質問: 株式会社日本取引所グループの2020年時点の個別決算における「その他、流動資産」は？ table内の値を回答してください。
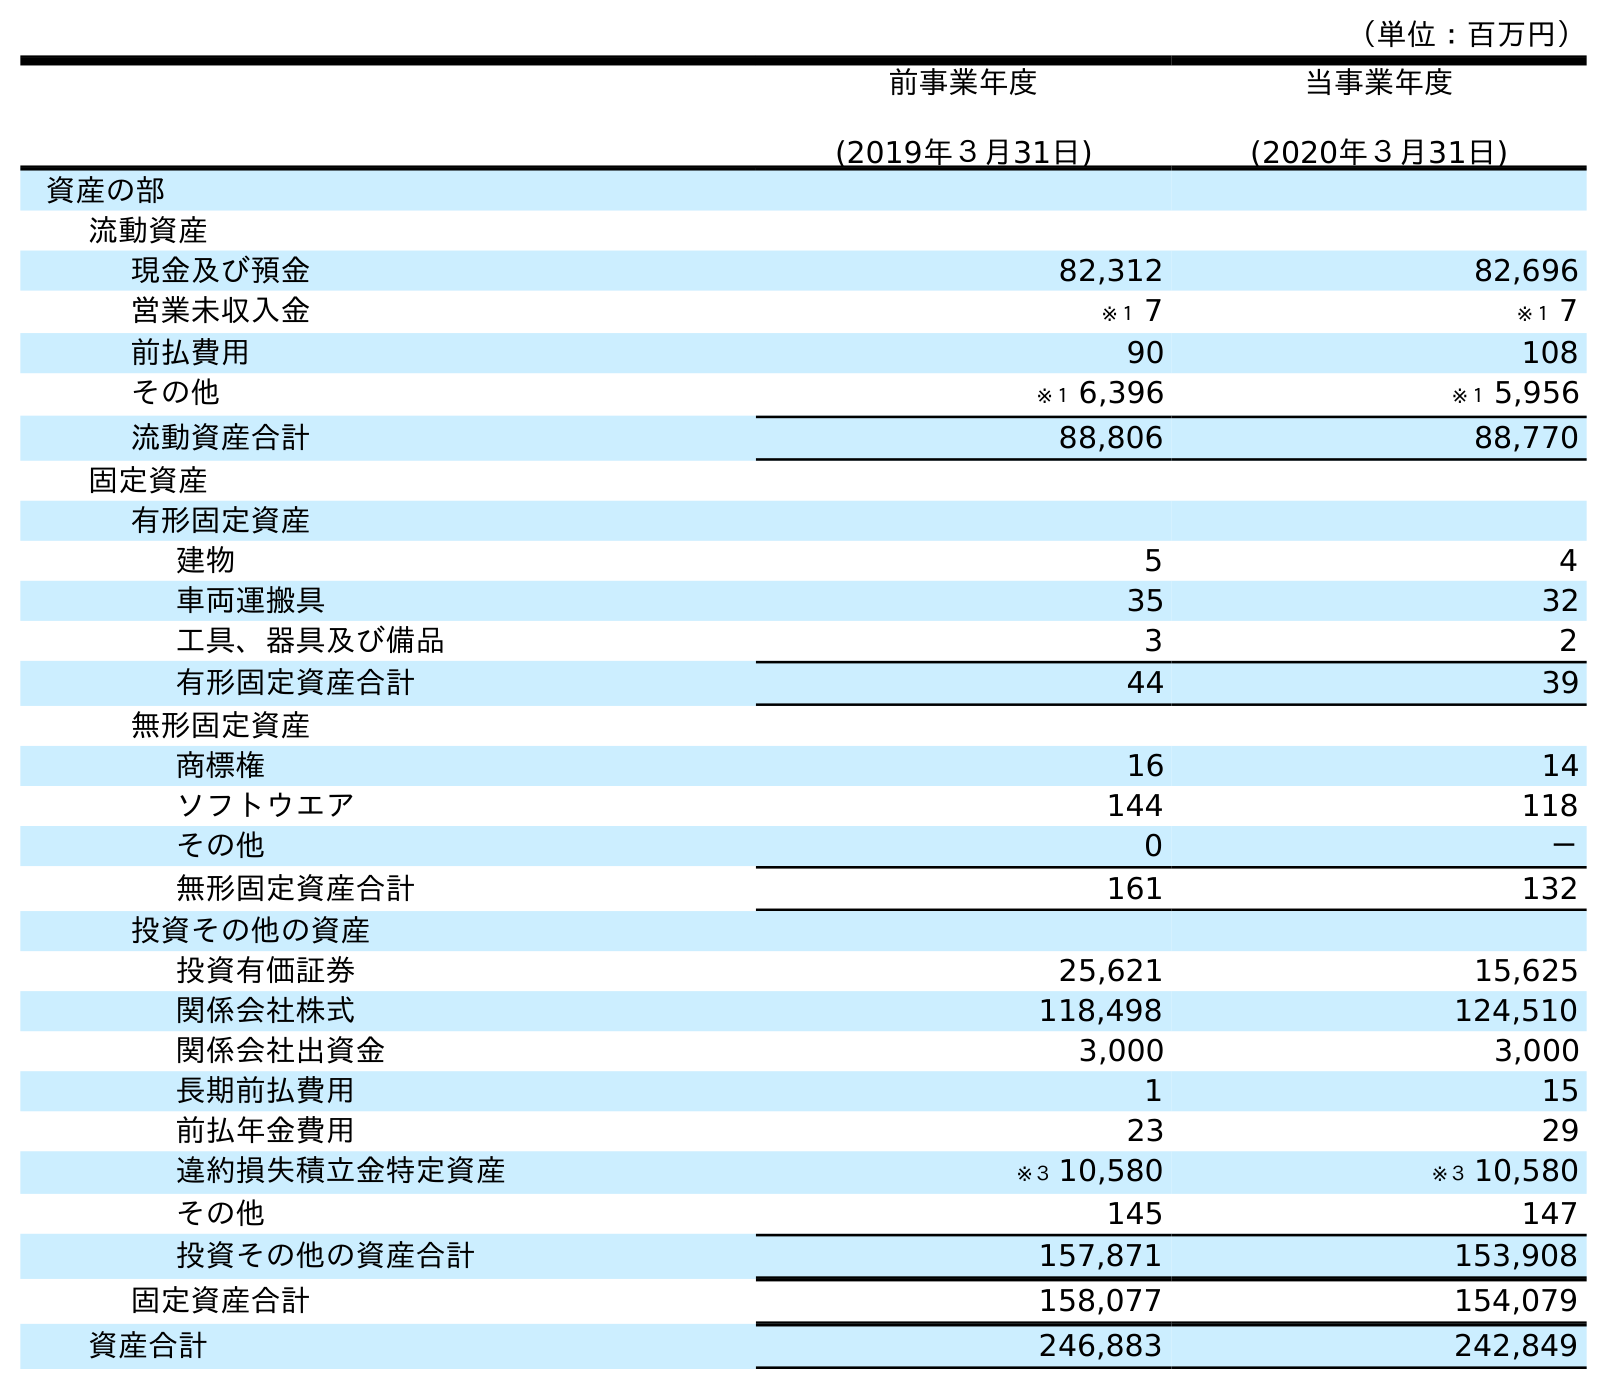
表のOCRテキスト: （単位：百万円） 前事業年度 (2019年３月31日) 当事業年度 (2020年３月31日) 資産の部 流動資産 現金及び預金 82,312 82,696 営業未収入金 ※１ 7 ※１ 7 前払費用 90 108 その他 ※１ 6,396 ※１ 5,956 流動資産合計 88,806 88,770 固定資産 有形固定資産 建物 5 4 車両運搬具 35 32 工具、器具及び備品 3 2 有形固定資産合計 44 39 無形固定資産 商標権 16 14 ソフトウエア 144 118 その他 0 － 無形固定資産合計 161 132 投資その他の資産 投資有価証券 25,621 15,625 関係会社株式 118,498 124,510 関係会社出資金 3,000 3,000 長期前払費用 1 15 前払年金費用 23 29 違約損失積立金特定資産 ※３ 10,580 ※３ 10,580 その他 145 147 投資その他の資産合計 157,871 153,908 固定資産合計 158,077 154,079 資産合計 246,883 242,849
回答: ※１5,956